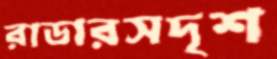
রাডারসদৃশ